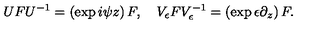
U F U ^ { - 1 } = \left( \exp i \psi z \right) F , \quad V _ { \epsilon } F V _ { \epsilon } ^ { - 1 } = \left( \exp \epsilon \partial _ { z } \right) F .